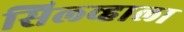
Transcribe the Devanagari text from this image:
सिल्व्हाला